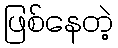
ဖြစ်နေတဲ့